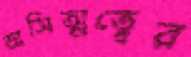
অসিত্মত্বের